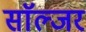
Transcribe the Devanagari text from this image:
साॅल्जर